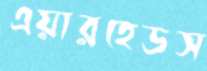
এয়ারহেডস